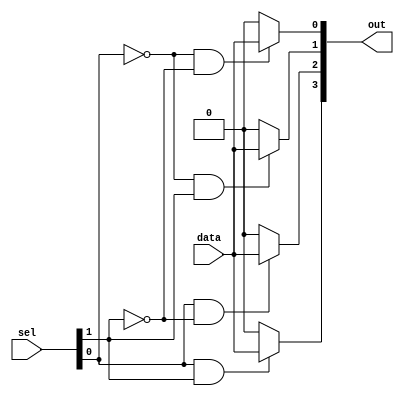
module demux2to4 (
  input [1:0] sel,
  input data,
  output [3:0] out
);

  wire [3:0] sel_decoded;

  assign sel_decoded[0] = ~sel[0] & ~sel[1];
  assign sel_decoded[1] = ~sel[0] & sel[1];
  assign sel_decoded[2] = sel[0] & ~sel[1];
  assign sel_decoded[3] = sel[0] & sel[1];

  assign out[0] = sel_decoded[0] ? data : 1'b0;
  assign out[1] = sel_decoded[1] ? data : 1'b0;
  assign out[2] = sel_decoded[2] ? data : 1'b0;
  assign out[3] = sel_decoded[3] ? data : 1'b0;

endmodule